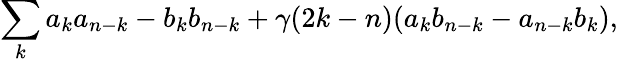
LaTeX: \sum_{k}a_{k}a_{n-k}-b_{k}b_{n-k}+\gamma(2k-n)(a_{k}b_{n-k}-a_{n-k}b_{k}),